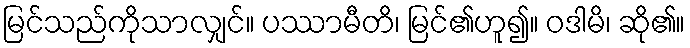
မြင်သည်ကိုသာလျှင်။ ပဿာမီတိ၊ မြင်၏ဟူ၍။ ဝဒါမိ၊ ဆို၏။